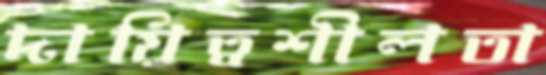
দায়িত্বশীলতা